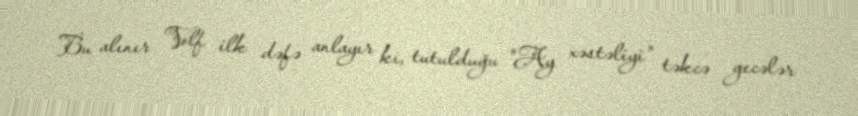
Bu alınır Volf ilk dəfə anlayır ki, tutulduğu "Ay xəstəliyi" təkcə gecələr